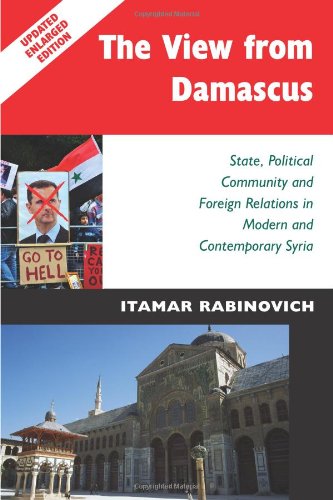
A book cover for The View from Damascus: State, Political Community and Foreign Relations in Modern and Contemporary Syria (Second Edition); Itamar Rabinovich; History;